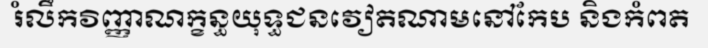
រំលឹកវិញ្ញាណក្ខន្ធយុទ្ធជនវៀតណាមនៅកែប និងកំពត